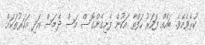
ކުރެވެއެވެ. ބައެއް ފަހަރު ހަފްތާ އަކުން ފެށިގެންގޮސް މަސް ދެމަސް އަދި އަހަރުތަކަށް